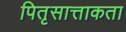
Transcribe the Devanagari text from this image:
पितृसात्ताकता